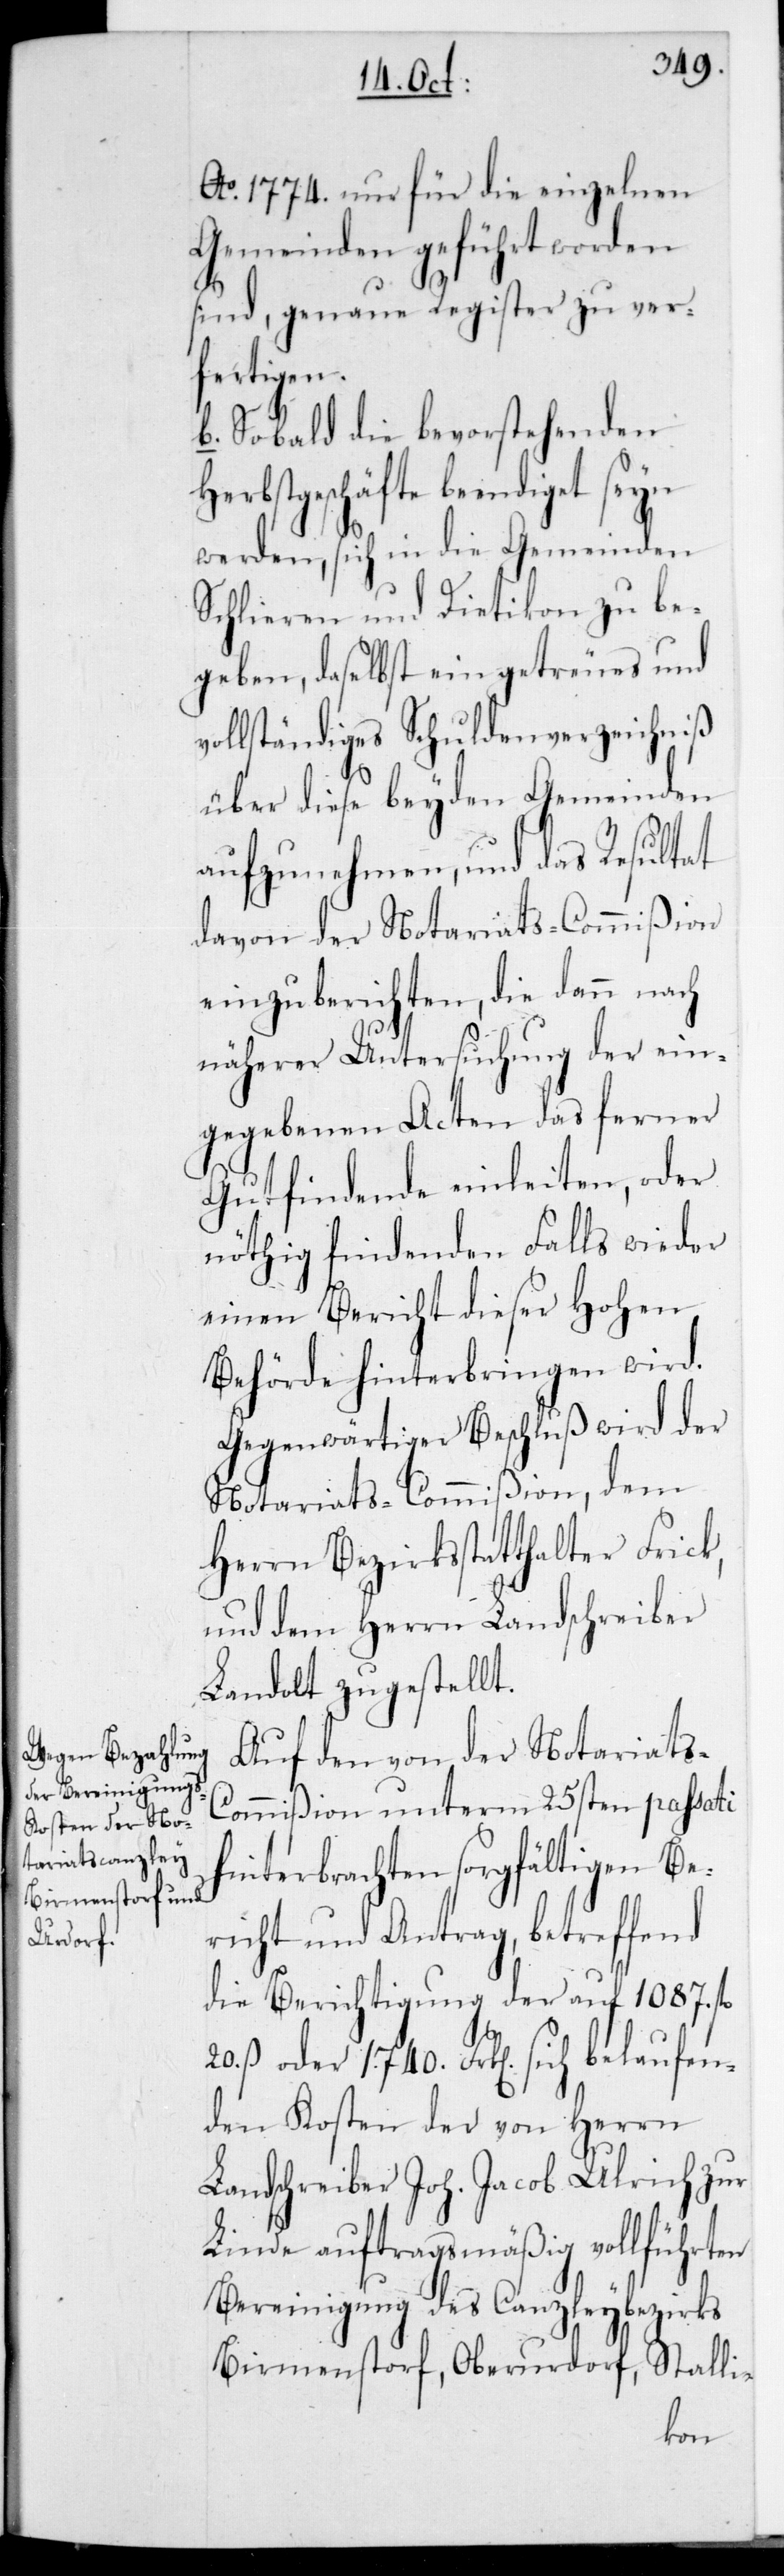
Ao 1774 nur für die einzelnen
sind, genaue Register zu ver¬
fertigen.
b. Sobald die bevorstehenden
Herbstgeschäfte beendiget seyn
werden, sich in die Gemeinden
Schlieren und Dietikon zu be¬
geben, daselbst ein getreues und
vollständiges Schuldenverzeichniß
über diese beyden Gemeinden
aufzunehmen, und das Resultat
davon der Notariats-Commißion
einzuberichten, die dann nach
näherer Untersuchung der ein¬
gegebenen Acten das ferner
Gutfindende einleiten, oder
nöthig findenden Falls wieder
einen Bericht dieser Hohen
Behörde hinterbringen wird.
Gegenwärtiger Beschluß wird der
Notariats-Commißion, dem
Herrn Bezirksstatthalter Frick
und dem Herrn Landschreiber
Landolt zugestellt.
Auf den von der Notariats-C¬
ommißion unterm 25sten passati
hinterbrachten sorgfältigen Be¬
richt und Antrag, betreffend
die Berichtigung der auf 1087 fl.
20 ß oder 1740 Frk[en] sich belaufen¬
den Kosten der von Herrn
Landschreiber Joh. Jacob Ulrich zur
Linde auftragsmäßig vollführten
Bereinigung des Canzleybezirks
Birmenstorf, Oberurdorf, Stalli-